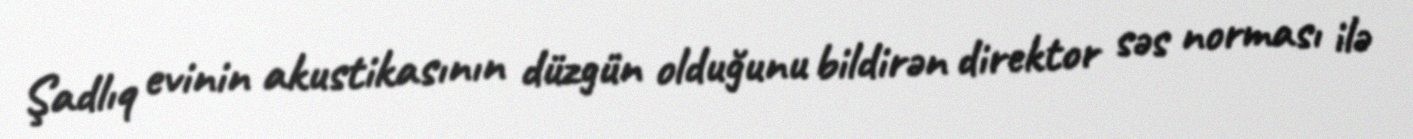
Şadlıq evinin akustikasının düzgün olduğunu bildirən direktor səs norması ilə